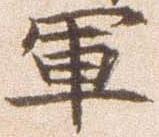
軍